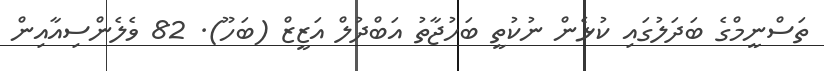
ތަސްނީމްގެ ބަދަލުގައި ކުޅެން ނުކުތީ ބަހުޖާތު އަބްދުލް އަޒީޒް (ބަހޫ). 82 ވެލެންސިއާއިން